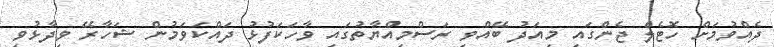
ދެއްވުމަށް ހޮޓެލް ޖެންގައި މިއަދު ބޭއްވި ރަސްމިއްޔާތުގައި ވާހަކަފުޅު ދައްކަވަމުން ޝަހާރޭ ވިދާޅުވި